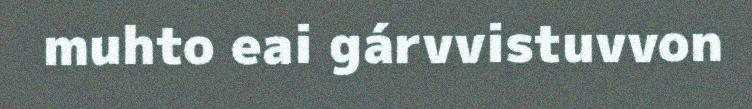
muhto eai gárvvistuvvon